On a parasite found in persons suffering from enlargement of the spleen in India, second report - Number 11
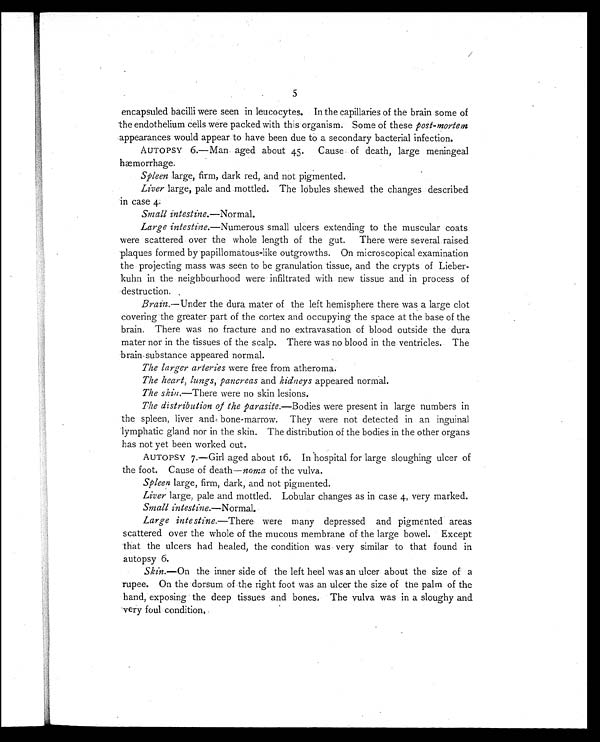
5
encapsuled bacilli were seen in leucocytes. In the capillaries of the brain some of
the endothelium cells were packed with this organism. Some of these post-mortem
appearances would appear to have been due to a secondary bacterial infection.
AUTOPSY 6.—Man aged about 45. Cause of death, large meningeal
hæmorrhage.
Spleen large, firm, dark red, and not pigmented.
Liver large, pale and mottled. The lobules shewed the changes described
in case 4.
Small intestine. —Normal.
Large intestine. —Numerous small ulcers extending to the muscular coats
were scattered over the whole length of the gut. There were several raised
plaques formed by papillomatous-like outgrowths. On microscopical examination
the projecting mass was seen to be granulation tissue, and the crypts of Lieber-
kuhn in the neighbourhood were infiltrated with new tissue and in process of
destruction.
Brain.—Under the dura mater of the left hemisphere there was a large clot
covering the greater part of the cortex and occupying the space at the base of the
brain. There was no fracture and no extravasation of blood outside the dura
mater nor in the tissues of the scalp. There was no blood in the ventricles. The
brain substance appeared normal.
The larger arteries were free from atheroma.
The heart, lungs, pancreas and kidneys appeared normal.
The skin. —There were no skin lesions.
The distribution of the parasite. —Bodies were present in large numbers in
the spleen, liver and bone-marrow. They were not detected in an inguinal
lymphatic gland nor in the skin. The distribution of the bodies in the other organs
has not yet been worked out.
AUTOPSY 7.—Girl aged about 16. In hospital for large sloughing ulcer of
the foot. Cause of death— noma of the vulva.
Spleen large, firm, dark, and not pigmented.
Liver large, pale and mottled. Lobular changes as in case 4, very marked.
Small intestine. —Normal.
Large intestine. —There were many depressed and pigmented areas
scattered over the whole of the mucous membrane of the large bowel. Except
that the ulcers had healed, the condition was very similar to that found in
autopsy 6.
Skin.—On the inner side of the left heel was an ulcer about the size of a
rupee. On the dorsum of the right foot was an ulcer the size of the palm of the
hand, exposing the deep tissues and bones. The vulva was in a sloughy and
very foul condition.